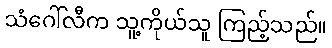
သံဂေါ်လီက သူ့ကိုယ်သူ ကြည့်သည်။